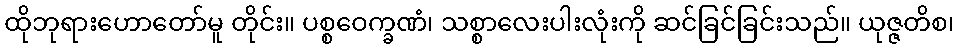
ထိုဘုရားဟောတော်မူ တိုင်း။ ပစ္စဝေက္ခဏံ၊ သစ္စာလေးပါးလုံးကို ဆင်ခြင်ခြင်းသည်။ ယုဇ္ဇတိစ၊